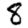
Digit: 8